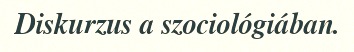
Diskurzus a szociológiában.